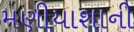
મણીયાશાની